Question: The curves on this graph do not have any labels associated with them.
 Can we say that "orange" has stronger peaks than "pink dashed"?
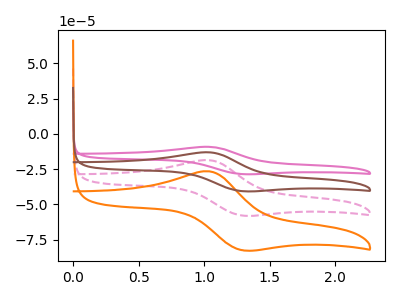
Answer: <think>The pink curve "pink" has an anodic peak at (1.05V, -55.85uA) and a cathodic peak at (1.30V, -173.60uA). The pink dashed curve "pink dashed" has an anodic peak at (1.05V, -18.60uA) and a cathodic peak at (1.30V, -57.85uA). The orange curve "orange" has an anodic peak at (1.05V, -26.55uA) and a cathodic peak at (1.30V, -82.45uA). The brown curve "brown" has an anodic peak at (1.05V, -37.25uA) and a cathodic peak at (1.30V, -115.75uA).</think>
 <answer>The peaks in "orange" are neither all higher or all lower than the peaks in "pink dashed".</answer>
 <eval>mixed</eval>